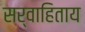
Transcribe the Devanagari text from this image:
सर्वाहिताय